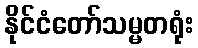
နိုင်ငံတော်သမ္မတရုံး